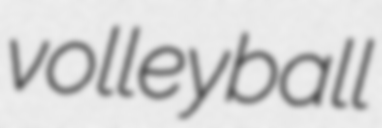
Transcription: volleyball